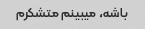
باشه، میبینم متشکرم